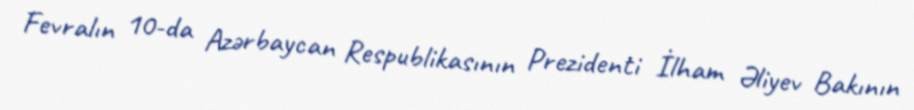
Fevralın 10-da Azərbaycan Respublikasının Prezidenti İlham Əliyev Bakının